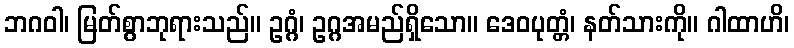
ဘဂဝါ၊ မြတ်စွာဘုရားသည်။ ဥဂ္ဂံ၊ ဥဂ္ဂအမည်ရှိသော။ ဒေဝပုတ္တံ၊ နတ်သားကို။ ဂါထာဟိ၊